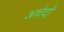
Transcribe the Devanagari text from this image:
अचेदो